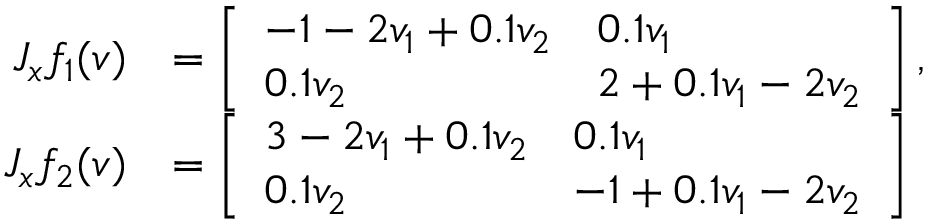
\begin{array} { r l } { J _ { x } f _ { 1 } ( v ) } & { = \left[ \begin{array} { l l } { - 1 - 2 v _ { 1 } + 0 . 1 v _ { 2 } } & { 0 . 1 v _ { 1 } } \\ { 0 . 1 v _ { 2 } } & { 2 + 0 . 1 v _ { 1 } - 2 v _ { 2 } } \end{array} \right] , } \\ { J _ { x } f _ { 2 } ( v ) } & { = \left[ \begin{array} { l l } { 3 - 2 v _ { 1 } + 0 . 1 v _ { 2 } } & { 0 . 1 v _ { 1 } } \\ { 0 . 1 v _ { 2 } } & { - 1 + 0 . 1 v _ { 1 } - 2 v _ { 2 } } \end{array} \right] } \end{array}